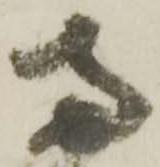
両